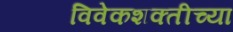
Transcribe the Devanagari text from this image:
विवेकशक्तीच्या